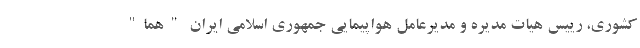
کشوری، رییس هیات مدیره و مدیرعامل هواپیمایی جمهوری اسلامی ایران "هما"